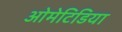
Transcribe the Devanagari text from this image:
ओमेटिडिया